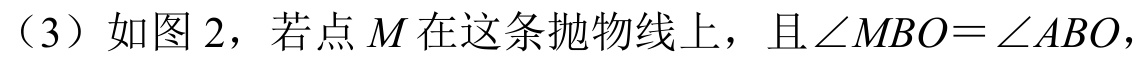
（3）如图 2，若点 \(M\) 在这条抛物线上，且\(\angle MBO = \angle ABO\)，